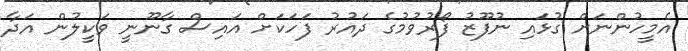
އެމީހުންނަށް ގުޅައި ނުފޫޒު ފޯރުވުމުގެ ދައުރު ފަހަކަށް އައިސް ގާނޫނީ ވަކީލުން އަދާ